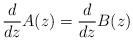
LaTeX: \begin{align*} \frac{d}{dz}A(z) =\frac{d}{dz}B(z) \end{align*}